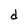
Character: d